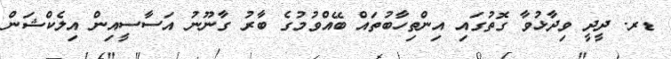
ޑރ. ދީދީ ވިދާޅުވާ ގޮތުގައި އިންތިހާބުތައް ބޭއްވުމުގެ ބާރު ގާނޫނު އަސާސީއިން އިލެކްޝަން